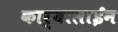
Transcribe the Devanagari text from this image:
कार्‍यालाईन